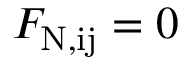
F _ { \mathrm { N , i j } } = 0